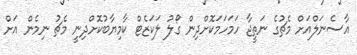
އާސެނަލްއަށް މެޗުގެ ނަތީޖާ ހަމަހަމަކޮށްދިން ގޯލު ލަކަޒެޓް ކާމިޔާބުކޮށްދިނީ މެޗު ނިމެން އަށް